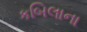
કબિલાના